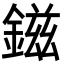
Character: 鎡